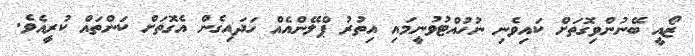
ޒޯއީ ބޭނުންވިގޮތަށް ކައިވެނި ނުހުއްޓުވުނީމައި އިތުރު ޕްލޭންއެއް ހަދައިގެން އެގޮތަށް ކަންތައް ކުރީއެވެ.